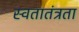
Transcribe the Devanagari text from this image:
स्वतातंत्रता